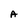
Character: A